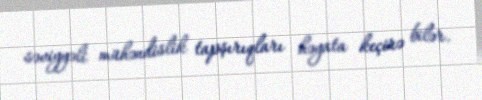
səviyyəli mühəndislik tapşırıqları həyata keçirə bilər.